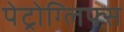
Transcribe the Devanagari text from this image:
पेट्रोग्लिफ्स